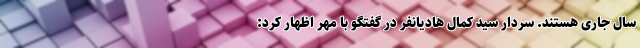
سال جاری هستند. سردار سید کمال هادیانفر در گفتگو با مهر اظهار کرد: